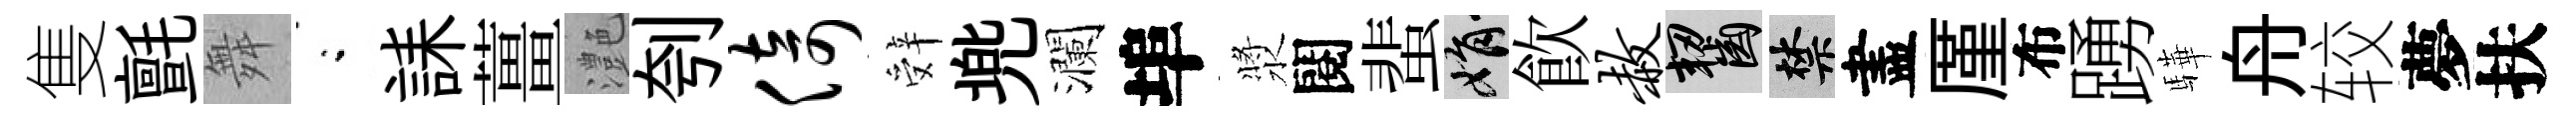
隻氈舞閤誄薑灔刳倚辤兠瀾埠漿閱蜚娟飮赦齧禁盡厪布踴驊舟较夢扶